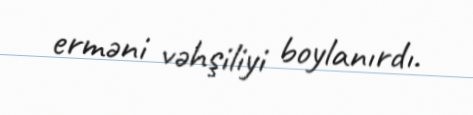
erməni vəhşiliyi boylanırdı.